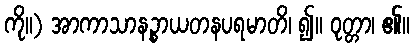
ကို။) အာကာသာနဉ္စာယတနပရမာတိ၊ ၍။ ဝုတ္တာ၊ ၏။